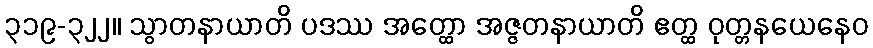
၃၁၉-၃၂၂။ သွာတနာယာတိ ပဒဿ အတ္ထော အဇ္ဇတနာယာတိ ဧတ္ထ ဝုတ္တနယေနေဝ